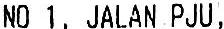
NO 1, JALAN PJU,